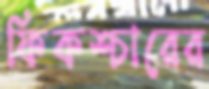
ফিকশ্চারের